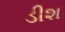
ડીશ